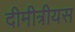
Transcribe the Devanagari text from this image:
दीमीत्रीयस